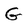
Character: G